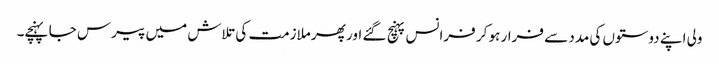
ولی اپنے دوستوں کی مدد سے فرار ہو کر فرانس پہنچ گئے اور پھر ملازمت کی تلاش میں پیرس جا پہنچے۔